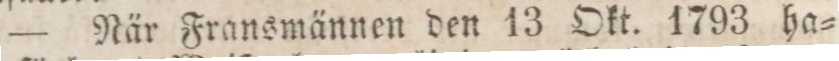
— När Fransmännen den 13 Okt. 1793 ha=